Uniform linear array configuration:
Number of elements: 48
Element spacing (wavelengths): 0.75
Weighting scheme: exponential
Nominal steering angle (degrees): -45
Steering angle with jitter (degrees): -45.11
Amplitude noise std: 0.05
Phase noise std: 0.05

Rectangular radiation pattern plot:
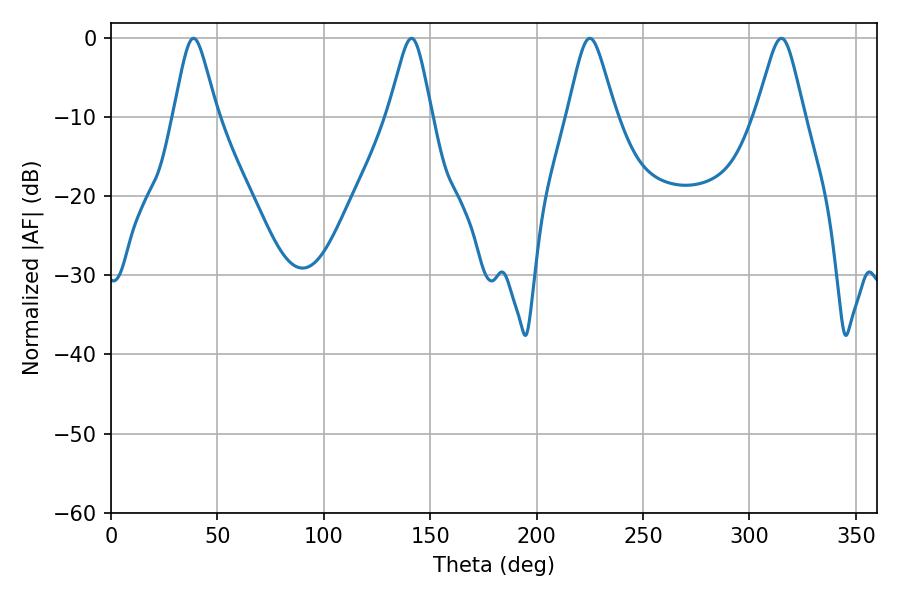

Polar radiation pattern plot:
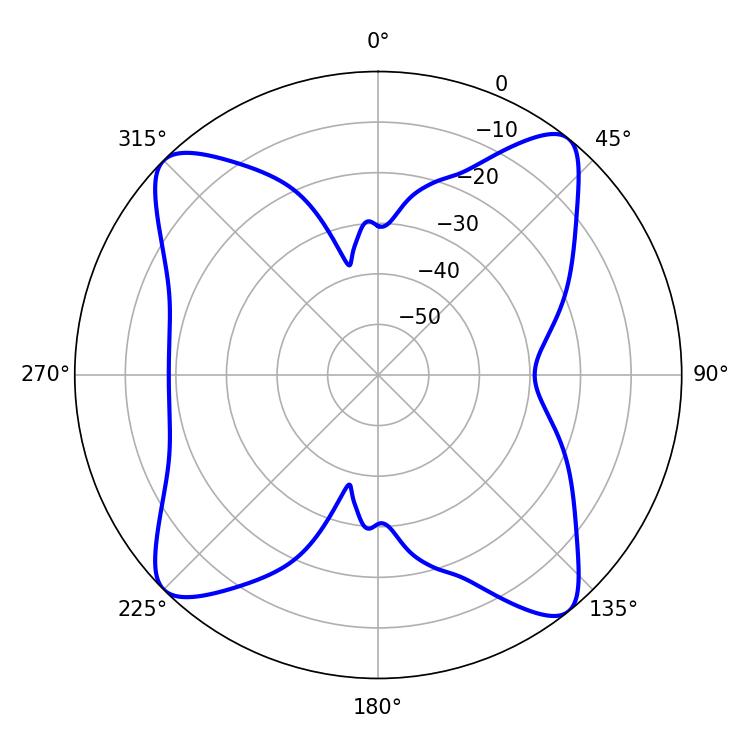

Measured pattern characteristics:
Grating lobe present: TRUE
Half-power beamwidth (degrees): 10.8
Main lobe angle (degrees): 225